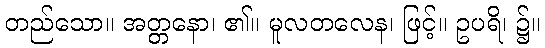
တည်သော။ အတ္တနော၊ ၏။ မူလတလေန၊ ဖြင့်။ ဥပရိ၊ ၌။